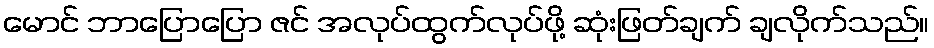
မောင် ဘာပြောပြော ဇင် အလုပ်ထွက်လုပ်ဖို့ ဆုံးဖြတ်ချက် ချလိုက်သည်။